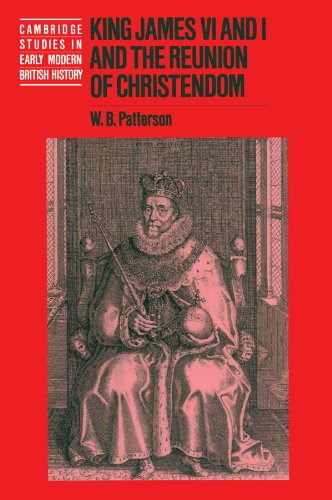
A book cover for King James VI and I and the Reunion of Christendom (Cambridge Studies in Early Modern British History); W. B. Patterson; Religion & Spirituality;